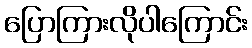
ပြောကြားလိုပါကြောင်း